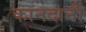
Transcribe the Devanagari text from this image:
कानदानी